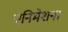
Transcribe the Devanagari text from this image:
एनिमेशन।